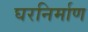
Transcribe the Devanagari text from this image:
घरनिर्माण